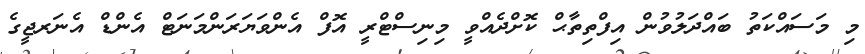
މި މަސައްކަތު ބައްދަލުވުން އިފްތިތާޙް ކޮށްދެއްވީ މިނިސްޓްރީ އޮފް އެންވަޔަރަންމަނަޓް އެންޑް އެނަރޖީގެ